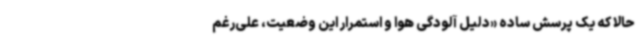
حالا که یک پرسش ساده «دلیل آلودگی هوا و استمرار این وضعیت، علی‌رغم